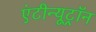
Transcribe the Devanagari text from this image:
एंटीन्यूट्रॉन